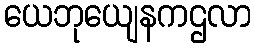
ယေဘုယျေနကဌလာ